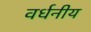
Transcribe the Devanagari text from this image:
वर्धनीय